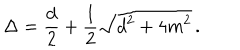
\Delta = \frac { d } { 2 } + \frac { 1 } { 2 } \sqrt { d ^ { 2 } + 4 m ^ { 2 } } \, .